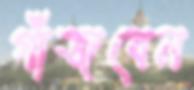
গাঁজবেন